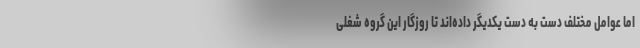
اما عوامل مختلف دست به دست یکدیگر داده‌اند تا روزگار این گروه شغلی